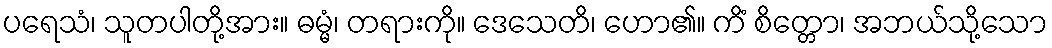
ပရေသံ၊ သူတပါတို့အား။ ဓမ္မံ၊ တရားကို။ ဒေသေတိ၊ ဟော၏။ ကိံ စိတ္တော၊ အဘယ်သို့သော